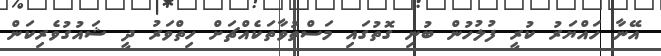
އޭނާ ހައްޔަރު ކުރީ ފުލުހުން ބުނި ގޮތުގައި މަސްތުވާތަކެއްޗަށް ހިތްވަރު ދީ ޝައުގުވެރިކަން